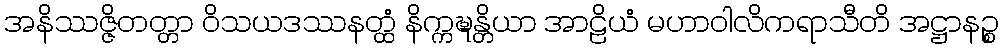
အနိဿဇ္ဇိတတ္တာ ဝိသယဒဿနတ္ထံ နိက္ကဍ္ဎန္တိယာ အာဠိယံ မဟာဝါလိကရာသီတိ အဋ္ဌာနဉ္စ